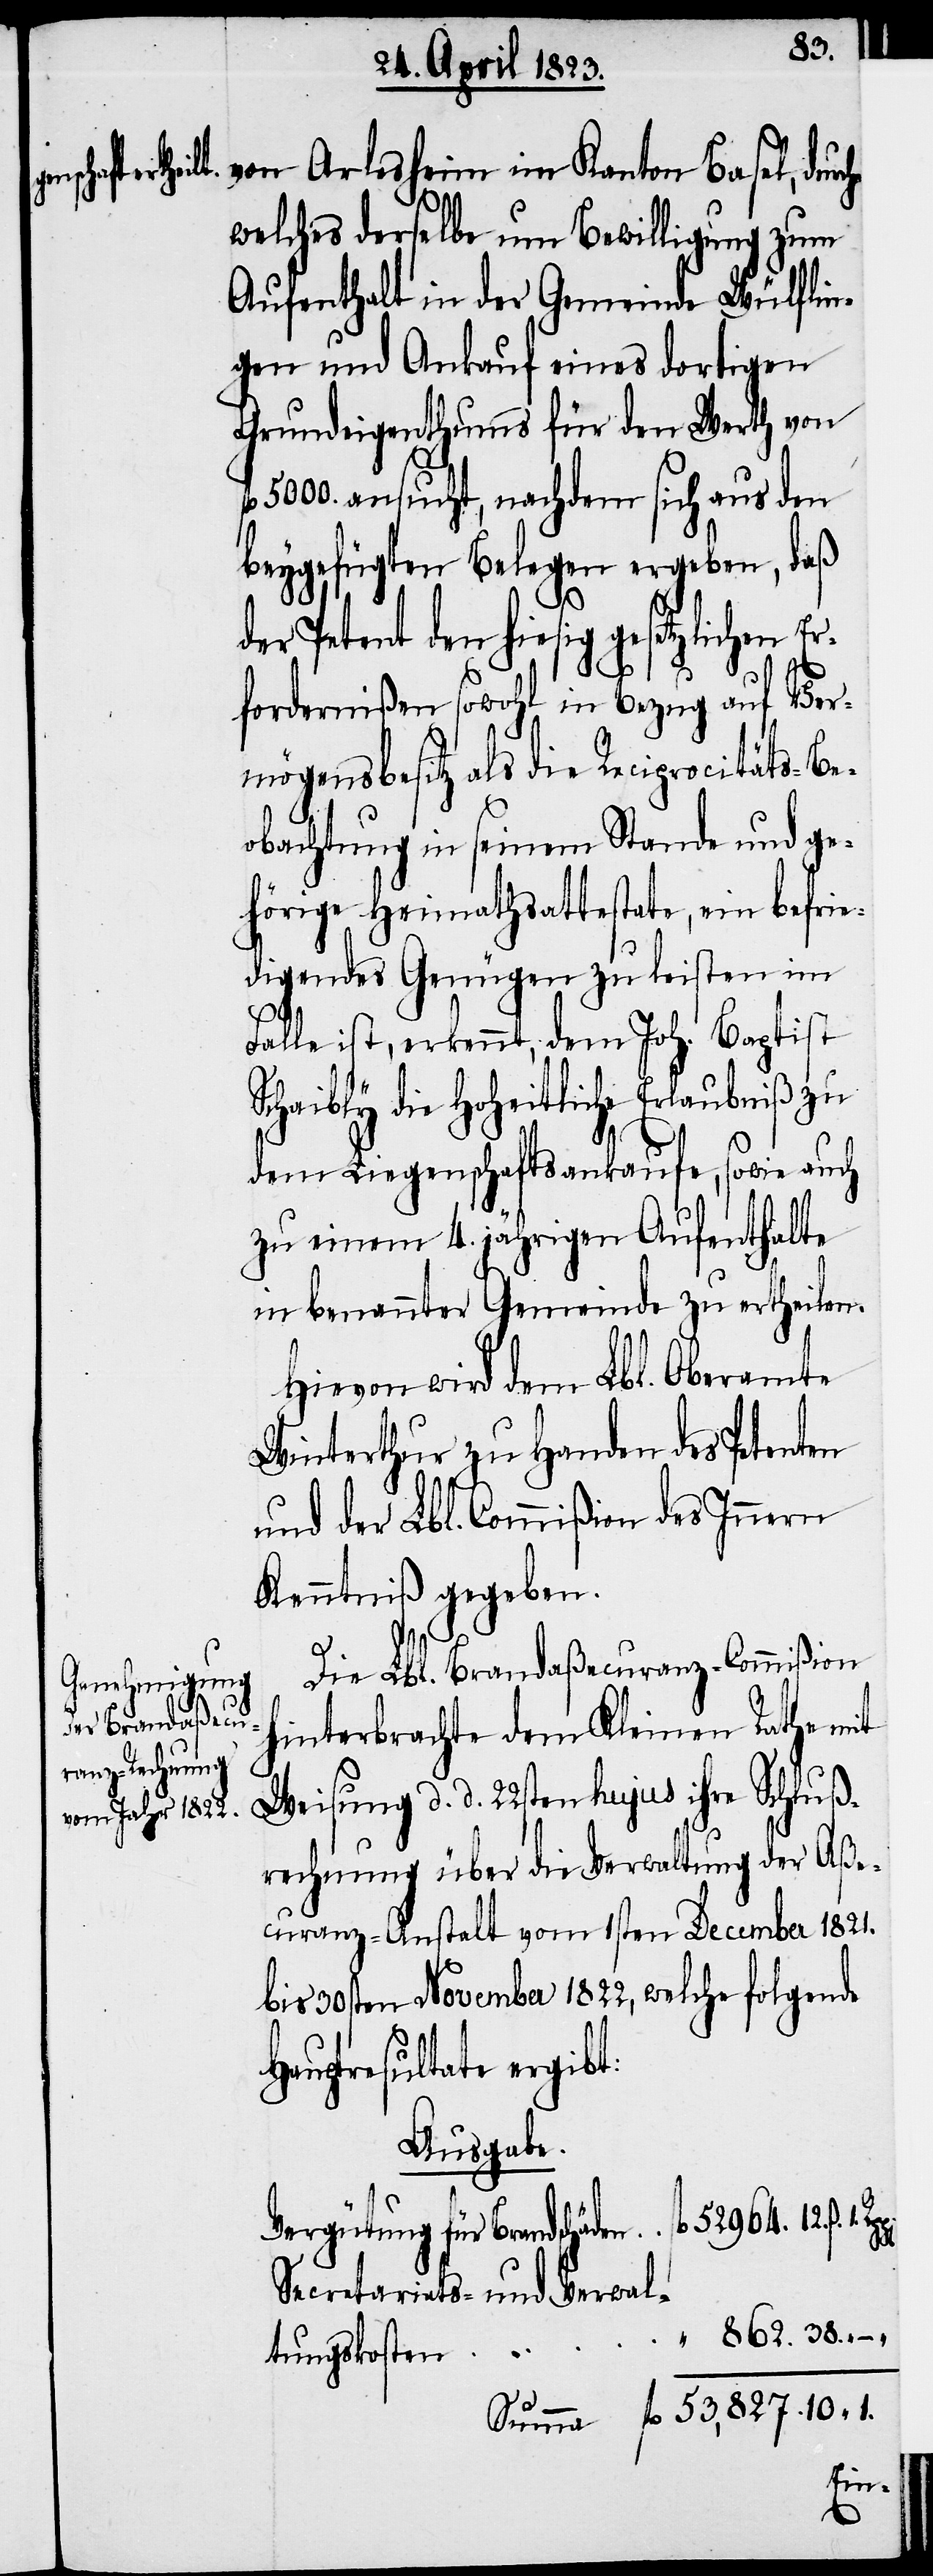
38.
von Arlesheim im Kanton Basel, dur¬
welches derselbe um Bewilligung zum
Aufenthalt in der Gemeinde Wülflin¬
gen und Ankauf eines dortigen
Grundeigenthums für den Werth von
5000. ansucht, nachdem sich aus den
beygefügten Belegen ergeben, daß
1.
„
der Petent den hiesig gesetzlichen Er¬
fordernißen sowohl in Bezug auf Ver¬
mögensbesitz als die Reciprocitäts-Be¬
obachtung in seinem Stande und ge¬
hörige Heimathsattestate, ein befrie¬
digendes Genügen zu leisten im
Falle ist, erkennt, dem Joh. Baptist
Schaibly die hoheitliche Erlaubniß zu
dem Liegenschaftsankaufe, sowie auch
zu einem 4. jährigen Aufenthalte
in benannter Gemeinde zu ertheilen.
Hievon wird dem Lbl. Oberamte
Winterthur zu Handen des Petenten
und der Lbl. Commißion des Innern
Kenntniß gegeben.
862.
Die Lbl. Brandaßecuranz-Commißion
hinterbrachte dem Kleinen Rathe mit
Weisung d. d. 22sten hujus ihre Schluß¬
rechnung über die Verwaltung der Aße¬
curanz-Anstalt vom 1sten December 1821.
bis 30sten November 1822, welche folgende
Hauptresultate ergibt:
Ausgabe.
Vergütung für Brandschäd¬
Secretariats- und Verwal¬
„
tungskosten